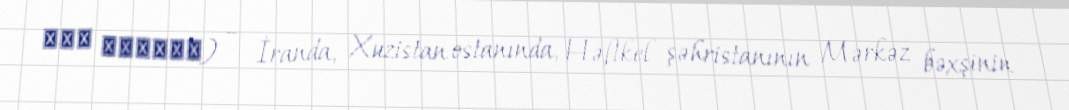
بنه خيراله) — İranda, Xuzistan ostanında, Həftkel şəhristanının Mərkəz bəxşinin